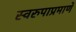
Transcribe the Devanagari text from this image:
स्वरुपाप्रमाणे